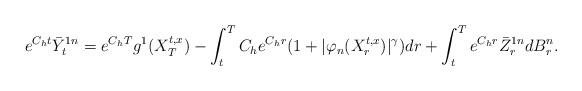
LaTeX: \begin{align*}e^{C_h t}\bar Y_t^{1n}= e^{C_h T} g^1(X_T^{t,x})-\int_t^T C_he^{C_h r}(1+|\varphi_n(X_r^{t,x})|^\gamma)dr+\int_t^T e^{C_h r} \bar Z_r^{1n}dB_r^n.\end{align*}